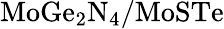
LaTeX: \mathrm{MoGe_{2}N_{4}/MoSTe}